Vaccination in Burma 1889-1999 - 1889-1999
Year: 1889
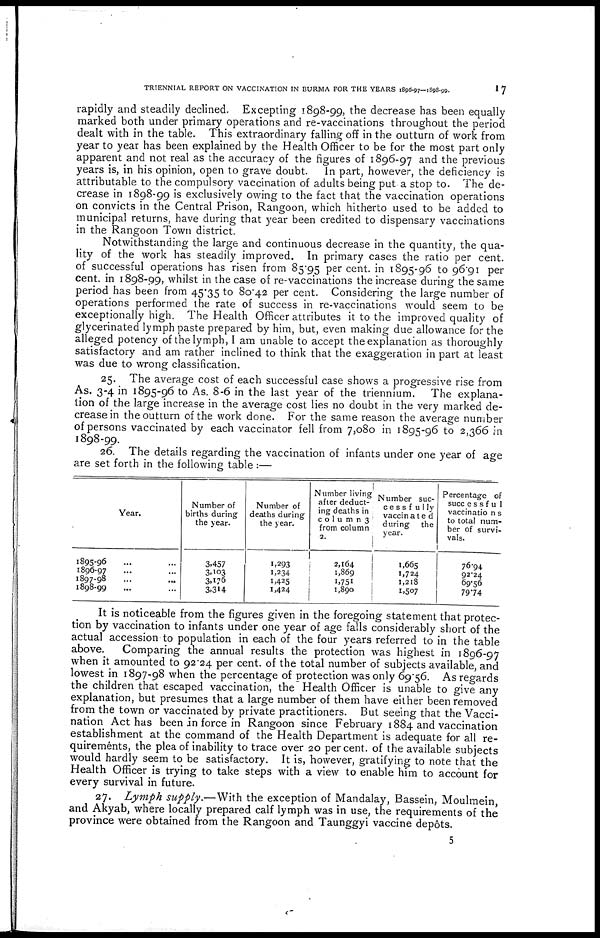
TRIENNIAL REPORT ON VACCINATION IN BURMA FOR THE YEARS 1896-97-1898-99.
17
rapidly and steadily declined. Excepting 1898-99, the decrease has been equally
marked both under primary operations and re-vaccinations throughout the period
dealt with in the table. This extraordinary falling off in the outturn of work from
year to year has been explained by the Health Officer to be for the most part only
apparent and not real as the accuracy of the figures of 1896-97 and the previous
years is, in his opinion, open to grave doubt. In part, however, the deficiency is
attributable to the compulsory vaccination of adults being put a stop to. The de-
crease in 1898-99 is exclusively owing to the fact that the vaccination operations
on convicts in the Central Prison, Rangoon, which hitherto used to be added to
municipal returns, have during that year been credited to dispensary vaccinations
in the Rangoon Town district.
Notwithstanding the large and continuous decrease in the quantity, the qua-
lity of the work has steadily improved. In primary cases the ratio per cent.
of successful operations has risen from 85.95 per cent. in 1895-96 to 96.91 per
cent. in 1898-99, whilst in the case of re-vaccinations the increase during the same
period has been from 45.35 to 80.42 per cent. Considering the large number of
operations performed the rate of success in re-vaccinations would seem to be
exceptionally high. The Health Officer attributes it to the improved quality of
glycerinated lymph paste prepared by him, but, even making due allowance for the
alleged potency of the lymph, I am unable to accept the explanation as thoroughly
satisfactory and am rather inclined to think that the exaggeration in part at least
was due to wrong classification.
25. The average cost of each successful case shows a progressive rise from
As. 3-4 in 1895-96 to As. 8-6 in the last year of the triennium. The explana-
tion of the large increase in the average cost lies no doubt in the very marked de-
crease in the outturn of the work done. For the same reason the average number
of persons vaccinated by each vaccinator fell from 7,080 in 1895-96 to 2,366 in
1898-99.
26. The details regarding the vaccination of infants under one year of age
are set forth in the following table:—
Year.
1895-96 ... ...
1896-97 ... ...
1897-98 ... ...
1898-99 ... ...
Number of
births during
the year.
3,457
3,103
3,176
3,314
Number of
deaths during
the year.
1,293
1,234
1,425
1,424
Number living
after deduct-
ing deaths in
coumn3
from column
2.
2,164
1,869
1,751
1,890
Number suc-
cessfully
vaccinated
during the
year.
1,665
1,724
1,218
1,507
Percentage of
successful
vaccinations
to total num-
ber of survi-
vals.
76.94
92.24
69.56
79.74
It is noticeable from the figures given in the foregoing statement that protec-
tion by vaccination to infants under one year of age falls considerably short of the
actual accession to population in each of the four years referred to in the table
above. Comparing the annual results the protection was highest in 1896-97
when it amounted to 92.24 per cent. of the total number of subjects available, and
lowest in 1897-98 when the percentage of protection was only 69.56. As regards
the children that escaped vaccination, the Health Officer is unable to give any
explanation, but presumes that a large number of them have either been removed
from the town or vaccinated by private practitioners. But seeing that the Vacci-
nation Act has been in force in Rangoon since February 1884 and vaccination
establishment at the command of the Health Department is adequate for all re-
quirements, the plea of inability to trace over 20 per cent. of the available subjects
would hardly seem to be satisfactory. It is, however, gratifying to note that the
Health Officer is trying to take steps with a view to enable him to account for
every survival in future.
27. Lymph supply.—With the exception of Mandalay, Bassein, Moulmein,
and Akyab, where locally prepared calf lymph was in use, the requirements of the
province were obtained from the Rangoon and Taunggyi vaccine depôts.
5